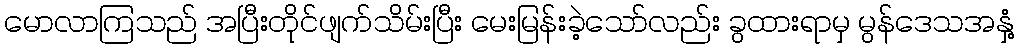
မောလာကြသည် အပြီးတိုင်ဖျက်သိမ်းပြီး မေးမြန်းခဲ့သော်လည်း ခွထားရာမှ မွန်ဒေသအနှံ့